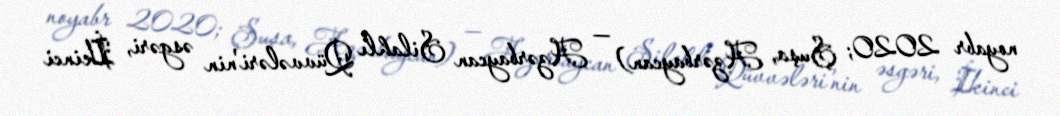
noyabr 2020; Şuşa, Azərbaycan) — Azərbaycan Silahlı Qüvvələri'nin əsgəri, İkinci